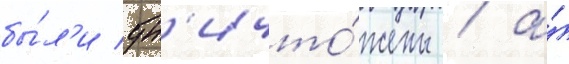
бы́л'и ун'ичто́жены / а́